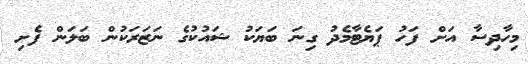
މިހާދިސާ އަށް ފަހު ޕަޔެޓާމެދު ގިނަ ބަޔަކު ޝައުކުގެ ނަޒަރަކުން ބަލަން ފެށި